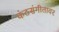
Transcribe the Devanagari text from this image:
कंठसंगीतावर